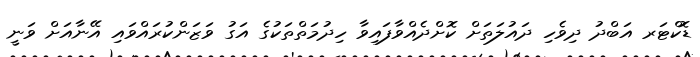
ޑޮކްޓަރ އަބްދު ދިވެހި ދައުލަތަށް ކޮށްދެއްވާފައިވާ ހިދުމަތްތަކުގެ އަގު ވަޒަންކުރައްވައި އޭނާއަށް ވަނީ